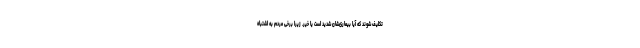
تکلیف شوند که آیا بیماری‌شان شدید است یا خیر. زیرا برخی مردم به اشتباه